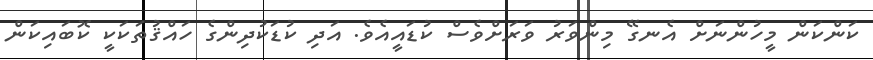
ކަންކަން މީހުންނަށް އެނގޭ މިންވަރު ވަރަށްވެސް ކުޑައީއެވެ. އަދި ކުޑަކުދިންގެ ހައްޤުތަކަކީ ކޮބައިކަން